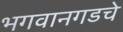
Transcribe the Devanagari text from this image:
भगवानगडचे